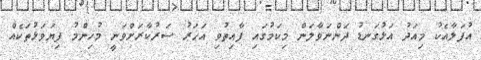
އުފަލާއެކު މިއަދު އަޅުގަނޑު ދަންނަވާލަން މިކަމުގައި ފާއިތުވި އަހަރު ސަރުކާރަށްވަނީ މުހިންމު ފިޔަވަޅުތަކެއް